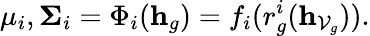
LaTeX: \mathbf\mu_{i},\mathbf\Sigma_{i}=\Phi_{i}(\mathbf h_{g})=f_{i}(r_{g}^{i}(\mathbf h_{\mathcal V_{g}})).